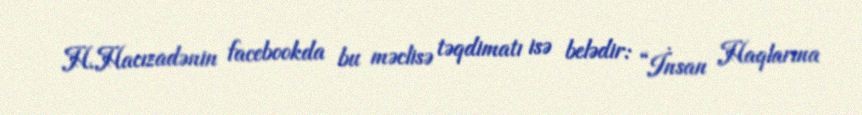
H.Hacızadənin facebookda bu məclisə təqdimatı isə belədir: “İnsan Haqlarına